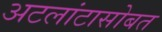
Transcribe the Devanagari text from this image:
अटलांटासोबत